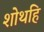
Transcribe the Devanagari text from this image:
शोथहि